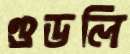
গুডলি